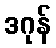
ဒဂုန်